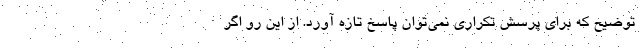
توضیح که برای پرسش تکراری نمی‌توان پاسخ تازه آورد. از این رو اگر